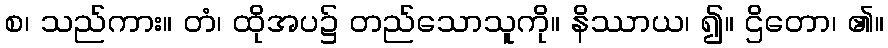
စ၊ သည်ကား။ တံ၊ ထိုအပ၌ တည်သောသူကို။ နိဿာယ၊ ၍။ ဌိတော၊ ၏။